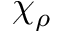
\chi _ { \rho }